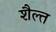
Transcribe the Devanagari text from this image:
शैल्त